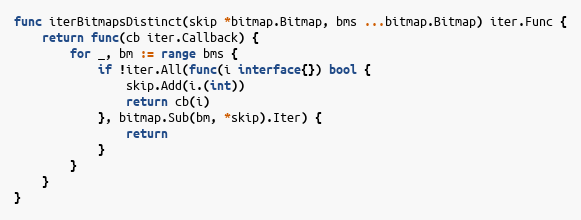
Language: Go
func iterBitmapsDistinct(skip *bitmap.Bitmap, bms ...bitmap.Bitmap) iter.Func {
	return func(cb iter.Callback) {
		for _, bm := range bms {
			if !iter.All(func(i interface{}) bool {
				skip.Add(i.(int))
				return cb(i)
			}, bitmap.Sub(bm, *skip).Iter) {
				return
			}
		}
	}
}